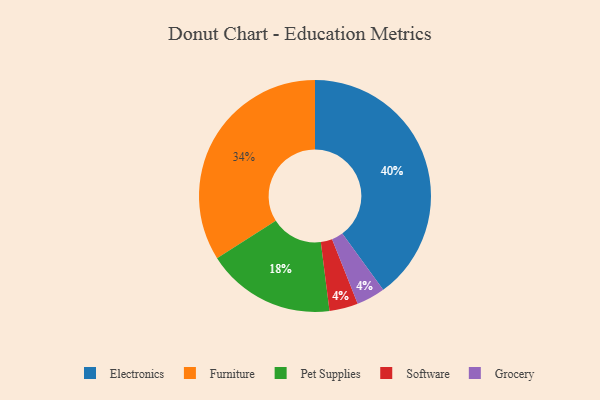
{"axis": {"x": "Category", "y": "Percentage"}, "legend": ["Electronics", "Furniture", "Grocery", "Pet Supplies", "Software"], "data": [{"x": "Software", "y": 4, "type": "Software"}, {"x": "Electronics", "y": 40, "type": "Electronics"}, {"x": "Pet Supplies", "y": 18, "type": "Pet Supplies"}, {"x": "Grocery", "y": 4, "type": "Grocery"}, {"x": "Furniture", "y": 34, "type": "Furniture"}]}